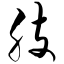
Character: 肢